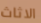
الاثاث